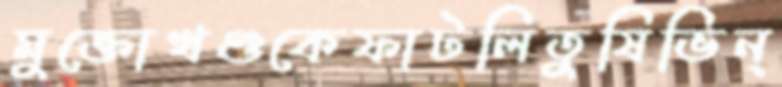
মুক্তোখণ্ডকেফাটলিতুষিভিন্